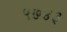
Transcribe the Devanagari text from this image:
५७४३